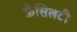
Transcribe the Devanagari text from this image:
फ़ैसिलटी